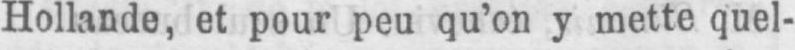
Hollande, et pour peu qu’on y mette quel-